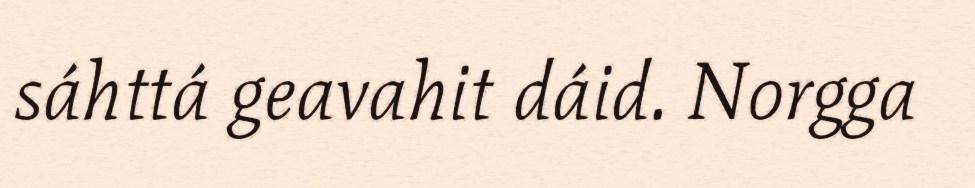
sáhttá geavahit dáid. Norgga